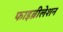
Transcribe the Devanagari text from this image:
फाइब्रीलेशन